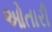
ઓતારી